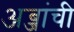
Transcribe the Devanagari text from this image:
अब्जांची